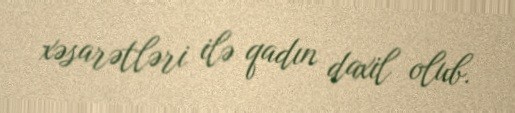
xəsarətləri ilə qadın daxil olub.